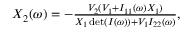
\begin{array} { r } { X _ { 2 } ( \omega ) = - \frac { V _ { 2 } ( V _ { 1 } + I _ { 1 1 } ( \omega ) X _ { 1 } ) } { X _ { 1 } \operatorname* { d e t } ( I ( \omega ) ) + V _ { 1 } I _ { 2 2 } ( \omega ) } , } \end{array}